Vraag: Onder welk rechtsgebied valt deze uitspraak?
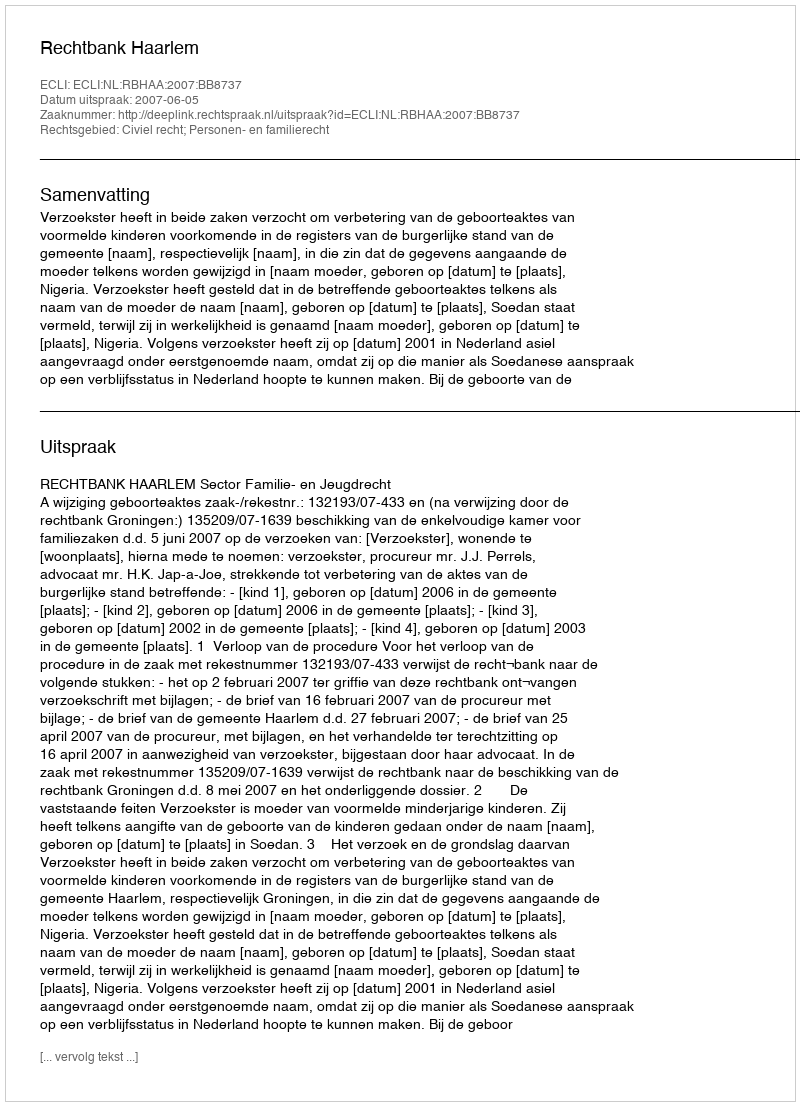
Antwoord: Civiel recht; Personen- en familierecht